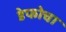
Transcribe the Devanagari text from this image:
डेफोचा